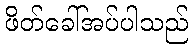
ဖိတ်ခေါ်အပ်ပါသည်